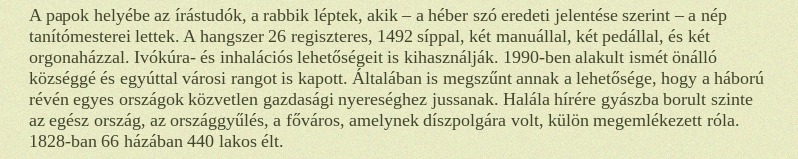
A papok helyébe az írástudók, a rabbik léptek, akik – a héber szó eredeti jelentése szerint – a nép tanítómesterei lettek. A hangszer 26 regiszteres, 1492 síppal, két manuállal, két pedállal, és két orgonaházzal. Ivókúra- és inhalációs lehetőségeit is kihasználják. 1990-ben alakult ismét önálló községgé és egyúttal városi rangot is kapott. Általában is megszűnt annak a lehetősége, hogy a háború révén egyes országok közvetlen gazdasági nyereséghez jussanak. Halála hírére gyászba borult szinte az egész ország, az országgyűlés, a főváros, amelynek díszpolgára volt, külön megemlékezett róla. 1828-ban 66 házában 440 lakos élt.